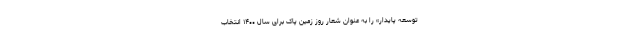
توسعه‌ پایدار» را به عنوان شعار روز زمین پاک برای سال ۱۴۰۰ انتخاب